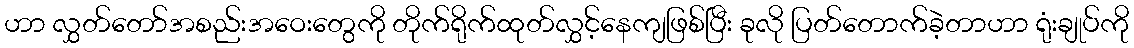
ဟာ လွှတ်တော်အစည်းအဝေးတွေကို တိုက်ရိုက်ထုတ်လွှင့်နေကျဖြစ်ပြီး ခုလို ပြတ်တောက်ခဲ့တာဟာ ရုံးချုပ်ကို